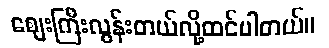
ဈေးကြီးလွန်းတယ်လို့ထင်ပါတယ်။